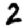
Digit: 2